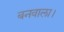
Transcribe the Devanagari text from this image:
बनवाला।